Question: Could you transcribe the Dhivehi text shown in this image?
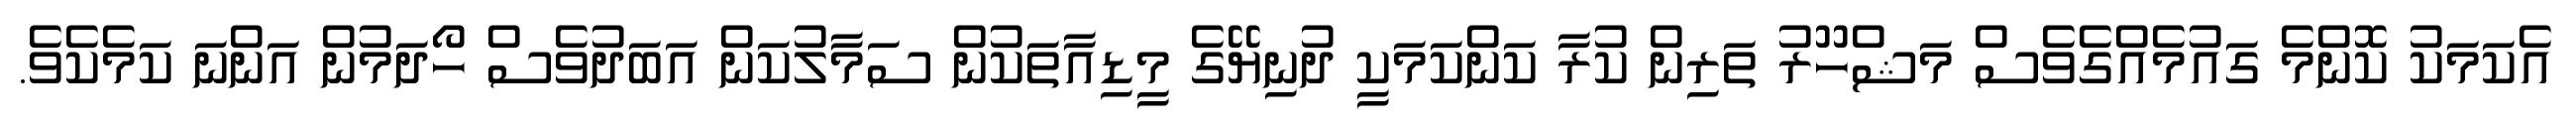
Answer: އެކަމަކު ކޮންމެ ގައުމެއްގެވެސް މަޝްހޫރު ތަރިން ކުރާ ކަންކަމަކީ ދުނިޔޭގެ މީޑިއާތަކުން ސަމާލުކަން އަބަދުވެސް ހޯދަމުން އަންނަ ކަމެކެވެ.